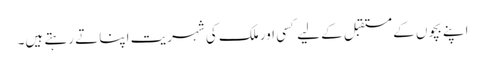
اپنے بچوں کے مستقبل کے لیے کسی اور ملک کی شہریت اپنا تے رہتے ہیں۔